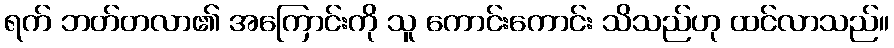
ရက် ဘတ်တလာ၏ အကြောင်းကို သူ ကောင်းကောင်း သိသည်ဟု ထင်လာသည်။